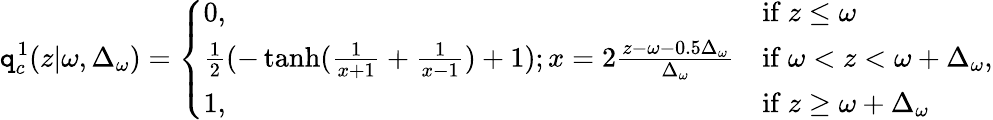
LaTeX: \mathtt{q}_{c}^{1}(z|\omega,\Delta_{\omega})=\left\{ \begin{array}{ll}{0,}&{\mathrm{if~}z\leq\omega}\\ {\frac{1}{2}(-\operatorname{tanh}(\frac{1}{x+1}+\frac{1}{x-1})+1);x=2\frac{z-\omega-0.5\Delta_{\omega}}{\Delta_{\omega}}}&{\mathrm{if~}\omega<z<\omega+\Delta_{\omega}}\\ {1,}&{\mathrm{if~}z\geq\omega+\Delta_{\omega}}\end{array}\right.\mathrm{{,}}